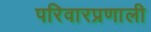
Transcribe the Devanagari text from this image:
परिवारप्रणाली